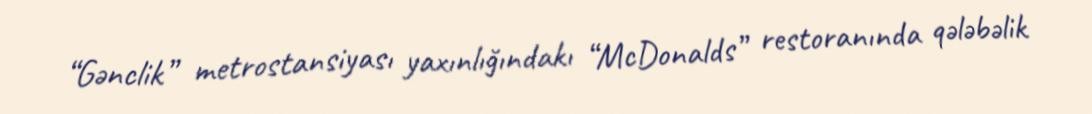
“Gənclik” metrostansiyası yaxınlığındakı “McDonalds” restoranında qələbəlik